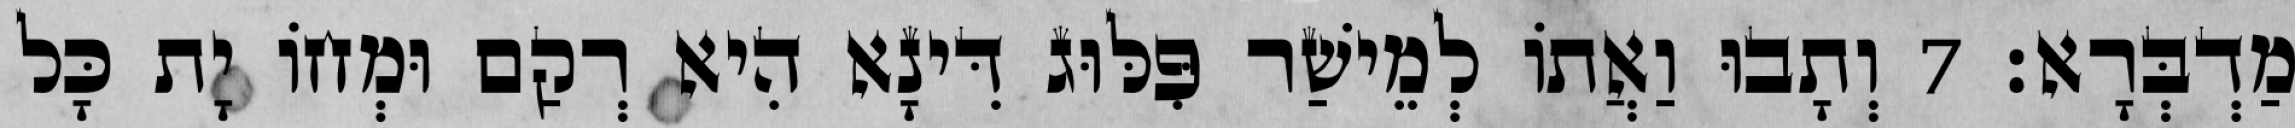
מַדְבְּרָא׃ 7 וְתָבוּ וַאֲתוֹ לְמֵישַׁר פִּלּוּג דִּינָא הִיא רְקַם וּמְחוֹ יָת כָּל